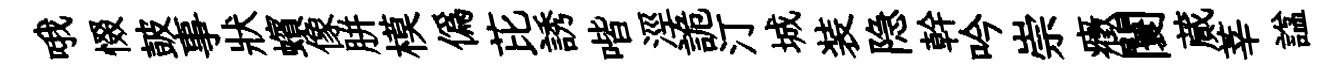
哦惙皷事狀蠙像胼模偽芘誘喈涇詭汀城装隐幹吟崇癥闤蕆莘諡